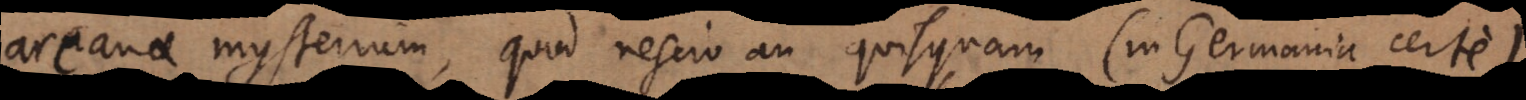
arcanae mysterium, quod nescio an quisquam (in Germania certe)